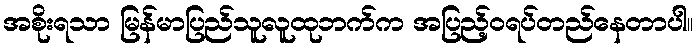
အစိုးရသာ မြန်မာပြည်သူလူထုဘက်က အပြည့်ဝရပ်တည်နေတာပါ။